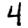
Digit: 4